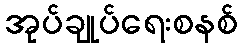
အုပ်ချုပ်ရေးစနစ်